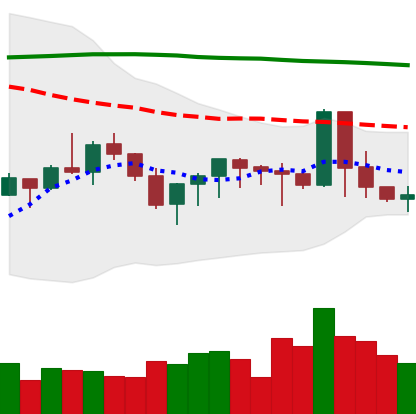
Ticker: XMR-USD
Chart end date: 2019-09-22
Forward return: -20.695%
Label: down_7plus